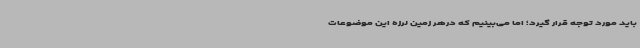
باید مورد توجه قرار گیرد؛ اما می‌بینیم که درهر زمین لرزه این موضوعات